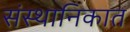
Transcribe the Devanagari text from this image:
संस्थानिकात